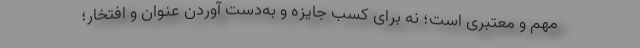
مهم و معتبری است؛ نه برای کسب جایزه و به‌دست آوردن عنوان و افتخار؛